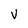
Character: V